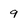
Character: 9